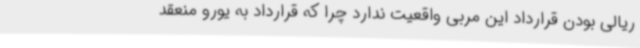
ریالی بودن قرارداد این مربی واقعیت ندارد چرا که قرارداد به یورو منعقد